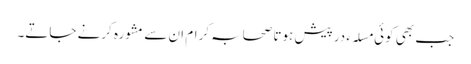
جب بھی کوئی مسلہء درپیش ہوتا صحابہ کرام ان سے مشورہ کرنے جاتے۔